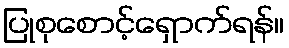
ပြုစုစောင့်ရှောက်ရန်။